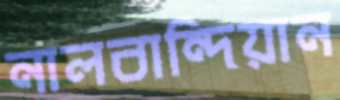
নালবান্দিয়ান